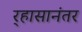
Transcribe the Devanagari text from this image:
र्‍हासानंतर